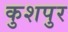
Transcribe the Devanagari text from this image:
कुशपुर